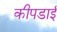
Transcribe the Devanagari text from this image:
कीपडाई